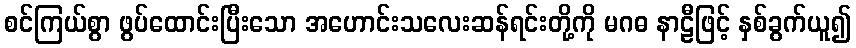
စင်ကြယ်စွာ ဖွပ်ထောင်းပြီးသော အဟောင်းသလေးဆန်ရင်းတို့ကို မဂဓ နာဠီဖြင့် နှစ်ခွက်ယူ၍